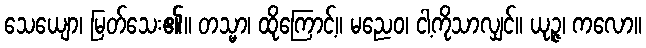
သေယျော၊ မြတ်သေး၏။ တသ္မာ၊ ထိုကြောင့်။ မညေဝ၊ ငါ့ကိုသာလျှင်။ ယုဉ္ဇ၊ ကလော။